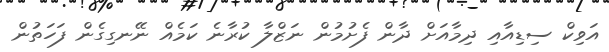
އަވިކް ސިޑިއާއި ދިމާއަށް ދާން ފެށުމުން ނަޒްލާ ކުރާނެ ކަމެއް ނޭނގިގެން ފަހަތުން